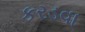
કરડવા